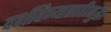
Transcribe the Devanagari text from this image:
दर्शविण्यासाठीसुद्धा